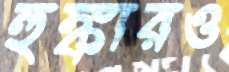
হুঙ্কারও